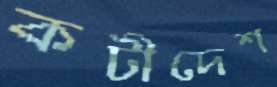
কটীদেশ